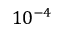
1 0 ^ { - 4 }